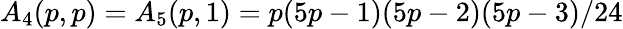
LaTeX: A_{4}(p,p)=A_{5}(p,1)=p(5p-1)(5p-2)(5p-3)/24